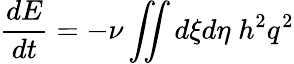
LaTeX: \frac{dE}{dt}=-\nu\iint d\xi d\eta\; h^{2}q^{2}